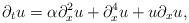
LaTeX: \begin{align*} \partial_t u = \alpha \partial_{x}^2 u + \partial_x^4 u + u \partial_x u, \end{align*}